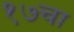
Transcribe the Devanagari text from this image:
१७चा